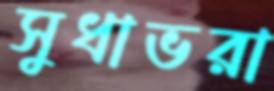
সুধাভরা